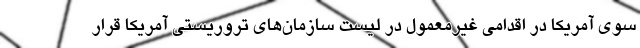
سوی آمریکا در اقدامی غیرمعمول در لیست سازمان‌های تروریستی آمریکا قرار